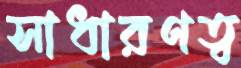
সাধারণত্ব